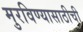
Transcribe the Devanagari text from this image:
मुरविण्यासाठीची